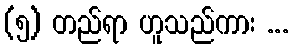
(၅) တည်ရာ ဟူသည်ကား ...